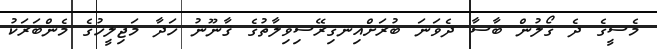
މެސީގެ ދެ ގޯލުން ބާސާ ދެވަނަ ބުރަށްއިނގިރޭސިވިލާތުގެ ޤާނޫނު ހަދާ މަޖިލީހުގެ މެންބަރަކު